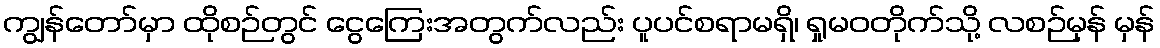
ကျွန်တော်မှာ ထိုစဉ်တွင် ငွေကြေးအတွက်လည်း ပူပင်စရာမရှိ၊ ရှုမဝတိုက်သို့ လစဉ်မှန် မှန်